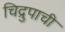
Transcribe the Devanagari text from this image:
चिद्रुपाची